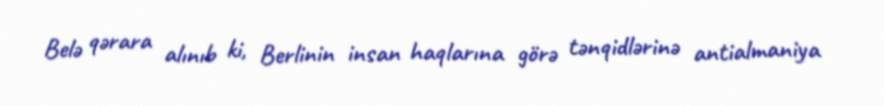
Belə qərara alınıb ki, Berlinin insan haqlarına görə tənqidlərinə antialmaniya